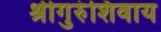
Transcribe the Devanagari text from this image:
श्रीगुरुंशिवाय